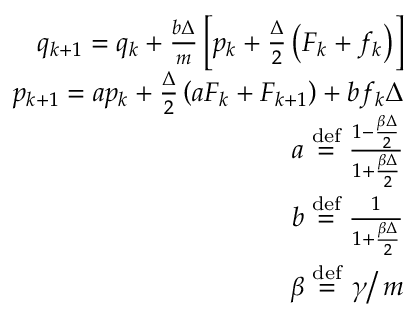
\begin{array} { r } { q _ { k + 1 } = q _ { k } + \frac { b \Delta } { m } \left[ p _ { k } + \frac { \Delta } { 2 } \left( F _ { k } + f _ { k } \right) \right] } \\ { p _ { k + 1 } = a p _ { k } + \frac { \Delta } { 2 } \left( a F _ { k } + F _ { k + 1 } \right) + b f _ { k } \Delta } \\ { a \stackrel { \mathrm { d e f } } { = } \frac { 1 - \frac { \beta \Delta } { 2 } } { 1 + \frac { \beta \Delta } { 2 } } } \\ { b \stackrel { \mathrm { d e f } } { = } \frac { 1 } { 1 + \frac { \beta \Delta } { 2 } } } \\ { \beta \stackrel { \mathrm { d e f } } { = } \left. \gamma \right/ m } \end{array}